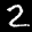
Label: 2